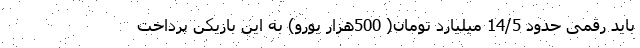
باید رقمی حدود 14/5 میلیارد تومان( 500هزار یورو) به این بازیکن پرداخت